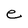
Character: e